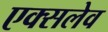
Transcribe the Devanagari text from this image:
एक्सलेव